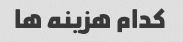
کدام هزینه ها